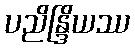
ပညိန္ဒြိယဿ